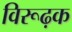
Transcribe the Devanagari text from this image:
विरूढ़क